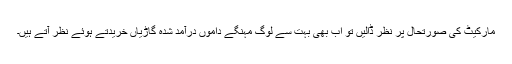
مارکیٹ کی صورتحال پر نظر ڈالیں تو اب بھی بہت سے لوگ مہنگے داموں درآمد شدہ گاڑیاں خریدتے ہوئے نظر آتے ہیں۔